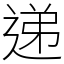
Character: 递